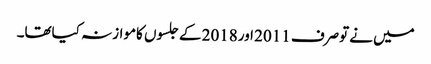
میں نےتوصرف 2011 اور2018 کےجلسوں کاموازنہ کیاتھا۔